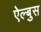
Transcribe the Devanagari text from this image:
ऐल्बुस